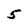
Character: 5